Civil Veterinary Department. United Provinces 1912-22 - 1912-1922
Year: 1912
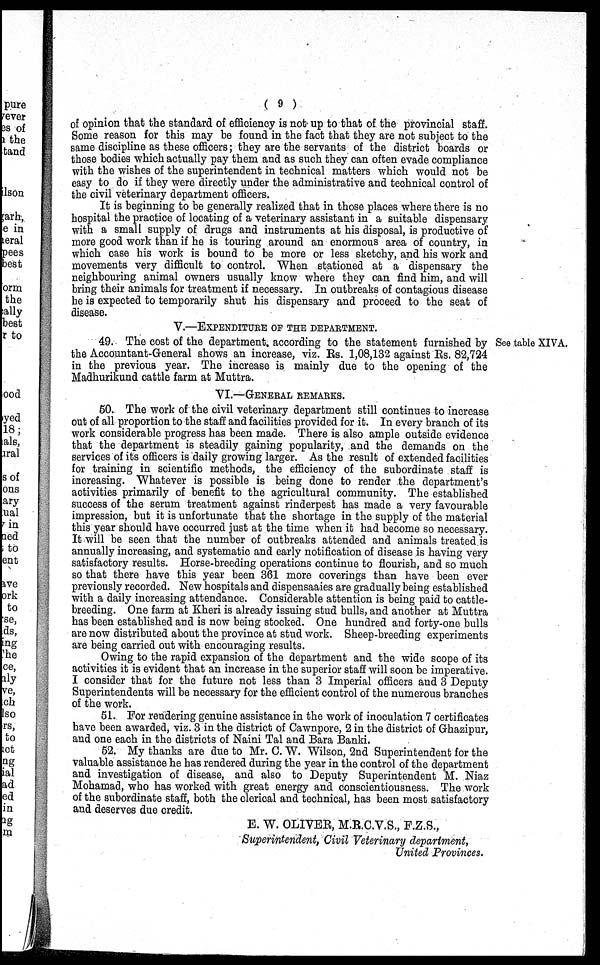
( 9 )
of opinion that the standard of efficiency is not up to that of the provincial staff.
Some reason for this may be found in the fact that they are not subject to the
same discipline as these officers; they are the servants of the district boards or
those bodies which actually pay them and as such they can often evade compliance
with the wishes of the superintendent in technical matters which would not be
easy to do if they were directly under the administrative and technical control of
the civil veterinary department officers.
It is beginning to be generally realized that in those places where there is no
hospital the practice of locating of a veterinary assistant in a suitable dispensary
with a small supply of drugs and instruments at his disposal, is productive of
more good work than if he is touring around an enormous area of country, in
which case his work is bound to be more or less sketchy, and his work and
movements very difficult to control. When stationed at a dispensary the
neighbouring animal owners usually know where they can find him, and will
bring their animals for treatment if necessary. In outbreaks of contagious disease
he is expected to temporarily shut his dispensary and proceed to the seat of
disease.
V.—EXPENDITURE OF THE DEPARTMENT.
See table XIVA.
49. The cost of the department according to the statement furnished by
the Accountant-General shows an increase, viz. Rs. 1,08,132 against Rs. 82,724
in the previous year. The increase is mainly due to the opening of the
Madhurikund cattle farm at Muttra.
VI.—GENERAL REMARKS.
50. The work of the civil veterinary department still continues to increase
out of all proportion to the staff and facilities provided for it. In every branch of its
work considerable progress has been made. There is also ample outside evidence
that the department is steadily gaining popularity, and the demands on the
services of its officers is daily growing larger. As the result of extended facilities
for training in scientific methods, the efficiency of the subordinate staff is
increasing. Whatever is possible is being done to render the department's
activities primarily of benefit to the agricultural community. The established
success of the serum treatment against rinderpest has made a very favourable
impression, but it is unfortunate that the shortage in the supply of the material
this year should have occurred just at the time when it had become so necessary.
It will be seen that the number of outbreaks attended and animals treated is
annually increasing, and systematic and early notification of disease is having very
satisfactory results. Horse-breeding operations continue to flourish, and so much
so that there have this year been 361 more coverings than have been ever
previously recorded. New hospitals and dispensaaies are gradually being established
with a daily increasing attendance. Considerable attention is being paid to cattle-
breeding. One farm at Kheri is already issuing stud bulls, and another at Muttra
has been established and is now being stocked. One hundred and forty-one bulls
are now distributed about the province at stud work. Sheep-breeding experiments
are being carried out with encouraging results.
Owing to the rapid expansion of the department and the wide scope of its
activities it is evident that an increase in the superior staff will soon be imperative.
I consider that for the future not less than 3 Imperial officers and 3 Deputy
Superintendents will be necessary for the efficient control of the numerous branches
of the work.
51. For rendering genuine assistance in the work of inoculation 7 certificates
have been awarded, viz. 3 in the district of Cawnpore, 2 in the district of Ghazipur,
and one each in the districts of Naini Tal and Bara Banki.
52. My thanks are due to Mr. C. W. Wilson, 2nd Superintendent for the
valuable assistance he has rendered during the year in the control of the department
and investigation of disease, and also to Deputy Superintendent M. Niaz
Mohamad, who has worked with great energy and conscientiousness. The work
of the subordinate staff, both the clerical and technical, has been most satisfactory
and deserves due credit.
E. W. OLIVER, M.R.C.V.S., F.Z.S.,
Superintendent, Civil Veterinary department,
United Provinces.